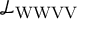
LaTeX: { \mathcal { L } } _ { \mathrm { W W V V } }